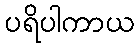
ပရိပါကာယ